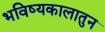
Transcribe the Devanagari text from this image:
भविष्यकालातुन